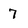
Character: 7